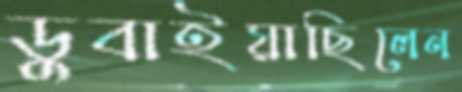
ডুবাইয়াছিলেন